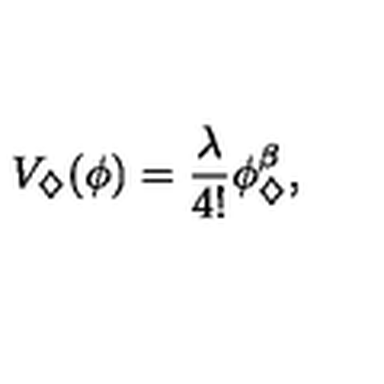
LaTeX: V _ { \diamondsuit } ( \phi ) = \frac { \lambda } { 4 ! } \phi _ { \diamondsuit } ^ { \beta } ,